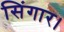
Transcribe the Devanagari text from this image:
सिंगार।